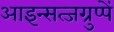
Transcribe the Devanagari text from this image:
आइन्सत्जग्रुप्पें